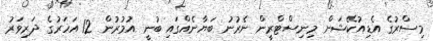
މިސްރުގެ އެޑިއުކޭޝަން މިނިސްޓްރީން ނެރުނު ބަޔާނެއްގައި ބުނީ އުމުރުން 12 އަހަރުގެ ދަރިވަރު